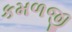
કમળજી